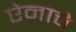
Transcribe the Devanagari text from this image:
ऐनाचे